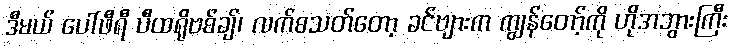
ဒီမယ် ပေါ်ဖီရီ ပီထရိုဗစ်ချ်၊ လက်စသတ်တော့ ခင်ဗျားက ကျွန်တော့်ကို ဟိုအဘွားကြီး